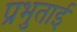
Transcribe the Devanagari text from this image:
प्रभुताई